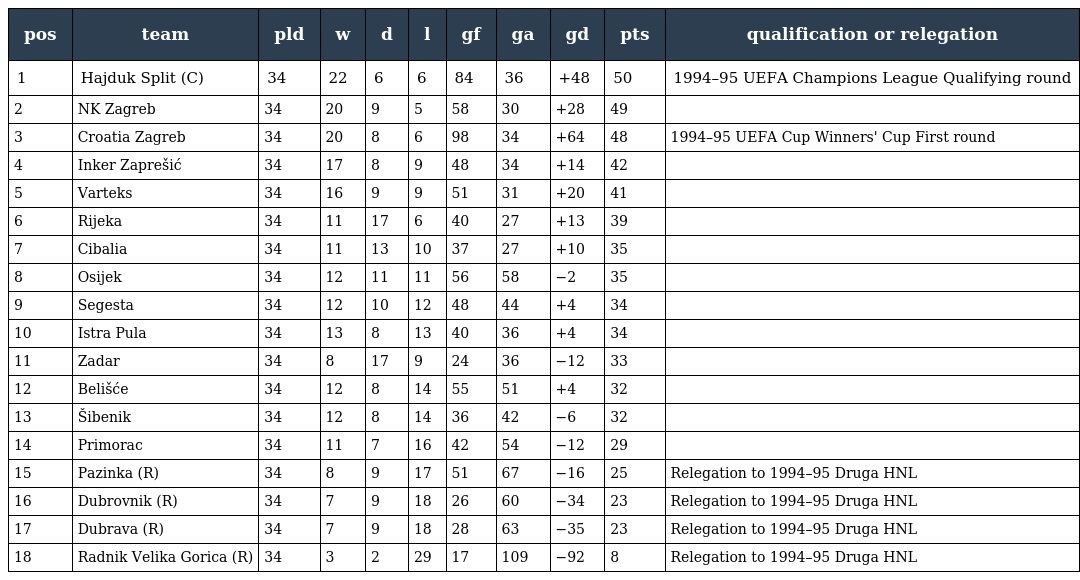
| pos | team | pld | w | d | l | gf | ga | gd | pts | qualification or relegation |
 | --- | --- | --- | --- | --- | --- | --- | --- | --- | --- | --- |
 | 1 | Hajduk Split (C) | 34 | 22 | 6 | 6 | 84 | 36 | +48 | 50 | 1994–95 UEFA Champions League Qualifying round |
 | 2 | NK Zagreb | 34 | 20 | 9 | 5 | 58 | 30 | +28 | 49 |  |
 | 3 | Croatia Zagreb | 34 | 20 | 8 | 6 | 98 | 34 | +64 | 48 | 1994–95 UEFA Cup Winners' Cup First round |
 | 4 | Inker Zaprešić | 34 | 17 | 8 | 9 | 48 | 34 | +14 | 42 |  |
 | 5 | Varteks | 34 | 16 | 9 | 9 | 51 | 31 | +20 | 41 |  |
 | 6 | Rijeka | 34 | 11 | 17 | 6 | 40 | 27 | +13 | 39 |  |
 | 7 | Cibalia | 34 | 11 | 13 | 10 | 37 | 27 | +10 | 35 |  |
 | 8 | Osijek | 34 | 12 | 11 | 11 | 56 | 58 | −2 | 35 |  |
 | 9 | Segesta | 34 | 12 | 10 | 12 | 48 | 44 | +4 | 34 |  |
 | 10 | Istra Pula | 34 | 13 | 8 | 13 | 40 | 36 | +4 | 34 |  |
 | 11 | Zadar | 34 | 8 | 17 | 9 | 24 | 36 | −12 | 33 |  |
 | 12 | Belišće | 34 | 12 | 8 | 14 | 55 | 51 | +4 | 32 |  |
 | 13 | Šibenik | 34 | 12 | 8 | 14 | 36 | 42 | −6 | 32 |  |
 | 14 | Primorac | 34 | 11 | 7 | 16 | 42 | 54 | −12 | 29 |  |
 | 15 | Pazinka (R) | 34 | 8 | 9 | 17 | 51 | 67 | −16 | 25 | Relegation to 1994–95 Druga HNL |
 | 16 | Dubrovnik (R) | 34 | 7 | 9 | 18 | 26 | 60 | −34 | 23 | Relegation to 1994–95 Druga HNL |
 | 17 | Dubrava (R) | 34 | 7 | 9 | 18 | 28 | 63 | −35 | 23 | Relegation to 1994–95 Druga HNL |
 | 18 | Radnik Velika Gorica (R) | 34 | 3 | 2 | 29 | 17 | 109 | −92 | 8 | Relegation to 1994–95 Druga HNL |